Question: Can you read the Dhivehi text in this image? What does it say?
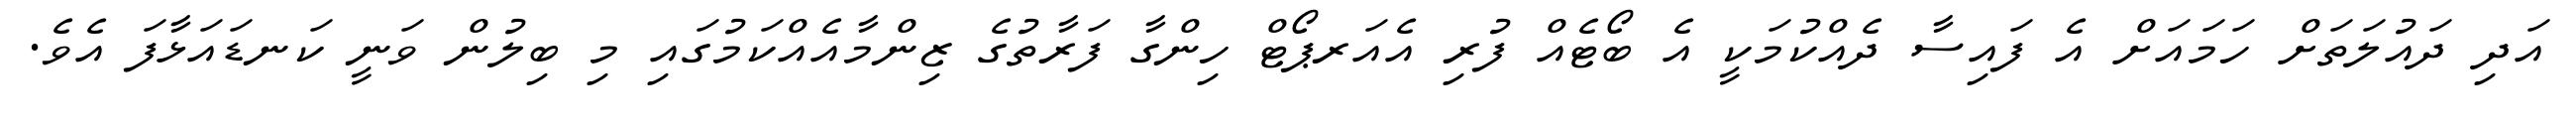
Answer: އަދި ދައުލަތަށް ހަމައަށް އެ ފައިސާ ދެއްކުމަކީ އެ ބޯޓެއް ފުރި އެއަރޕޯޓް ހިންގާ ފަރާތުގެ ޒިންމާއެއްކަމުގައި މި ބިލުން ވަނީ ކަނޑައަޅާފަ އެވެ.